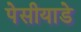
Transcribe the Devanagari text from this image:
पेसीयाडे